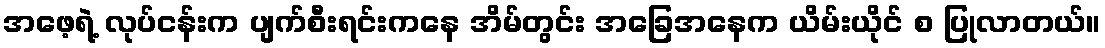
အဖေ့ရဲ့ လုပ်ငန်းက ပျက်စီးရင်းကနေ အိမ်တွင်း အခြေအနေက ယိမ်းယိုင် စ ပြုလာတယ်။